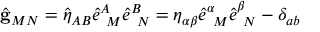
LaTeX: \hat { { \bf g } } _ { M N } = \hat { \eta } _ { A B } \hat { e } _ { \ M } ^ { A } \hat { e } _ { \ N } ^ { B } = \eta _ { \alpha \beta } \hat { e } _ { \ M } ^ { \alpha } \hat { e } _ { \ N } ^ { \beta } - \delta _ { a b }